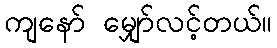
ကျနော် မျှော်လင့်တယ်။